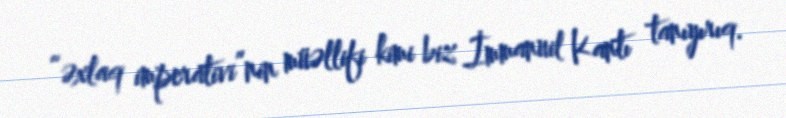
“əxlaq imperativi”nin müəllifi kimi biz İmmanuil Kantı tanıyırıq.